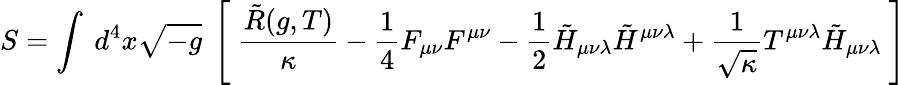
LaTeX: S=\int~d^{4}x\sqrt{-g}~\left[~\frac{\tilde{R}(g,T)}{\kappa}-\frac{1}{4}F_{\mu\nu}F^{\mu\nu}-\frac{1}{2}\tilde{H}_{\mu\nu\lambda}\tilde{H}^{\mu\nu\lambda}+\frac{1}{\sqrt{\kappa}}T^{\mu\nu\lambda}\tilde{H}_{\mu\nu\lambda}~\right]